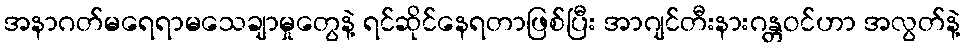
အနာဂတ်မရေရာမသေချာမှုတွေနဲ့ ရင်ဆိုင်နေရတာဖြစ်ပြီး အာဂျင်တီးနားဂန္တဝင်ဟာ အလွတ်နဲ့